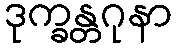
ဒုက္ခန္တဂုနာ